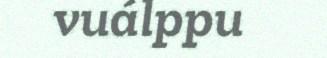
vuálppu